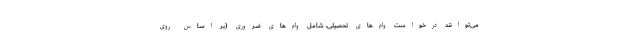
می‌توانند درخواست وام‌های تحصیلی، شامل وام‌های ضروری (بر اساس روی